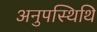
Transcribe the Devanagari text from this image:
अनुपस्थिथि